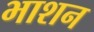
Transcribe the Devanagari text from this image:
भाशन